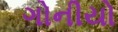
ગોનીયો